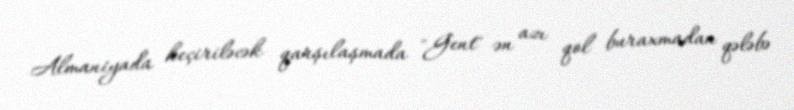
Almaniyada keçiriləcək qarşılaşmada "Gent" ən azı qol buraxmadan qələbə